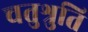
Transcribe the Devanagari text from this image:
चतुश्रुति